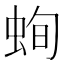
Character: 䖲